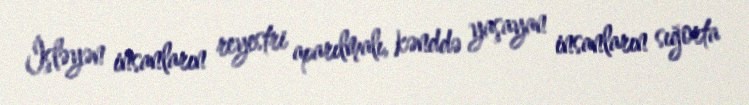
İşləyən insanların reyestri aparılmalı, kənddə yaşayan insanların sığorta